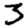
Digit: 3